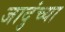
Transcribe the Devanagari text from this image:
जादुंच्या